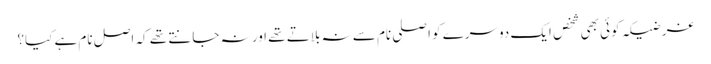
غرضیکہ کوئی بھی شخص ایک دوسرے کو اصلی نام سے نہ بلاتے تھے اور نہ جانتے تھے کہ اصل نام ہے کیا؟